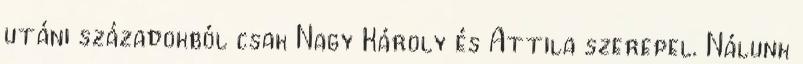
utáni századokból csak Nagy Károly és Attila szerepel. Nálunk